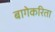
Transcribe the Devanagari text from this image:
बागेकरिता